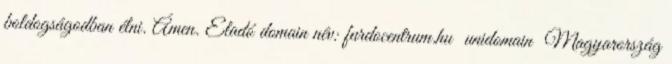
boldogságodban élni. Ámen. Eladó domain név: furdocentrum.hu unidomain Magyarország